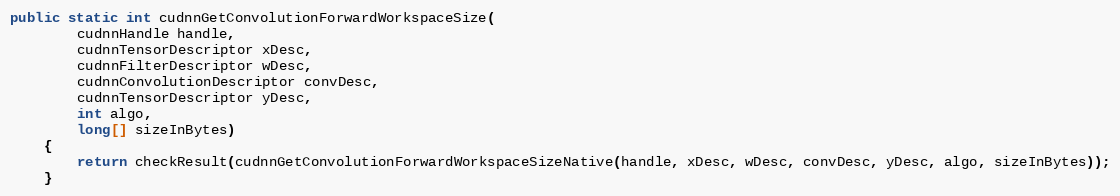
Language: Java
public static int cudnnGetConvolutionForwardWorkspaceSize(
        cudnnHandle handle,
        cudnnTensorDescriptor xDesc,
        cudnnFilterDescriptor wDesc,
        cudnnConvolutionDescriptor convDesc,
        cudnnTensorDescriptor yDesc,
        int algo,
        long[] sizeInBytes)
    {
        return checkResult(cudnnGetConvolutionForwardWorkspaceSizeNative(handle, xDesc, wDesc, convDesc, yDesc, algo, sizeInBytes));
    }